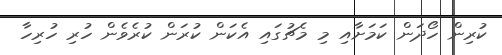
ކުރިން ހޯދަން ކަމަށާއި މި މެޗުގައި އެކަން ކުރަން ކުރެވެން ހުރި ހުރިހާ